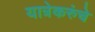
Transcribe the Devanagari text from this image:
यात्रेकरुंचे